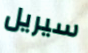
سيريل